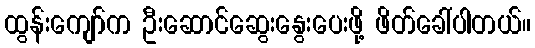
ထွန်းကျော်က ဦးဆောင်ဆွေးနွေးပေးဖို့ ဖိတ်ခေါ်ပါတယ်။